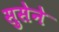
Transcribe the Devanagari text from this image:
सुसेने